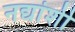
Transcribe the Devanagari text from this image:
नद्यांशी